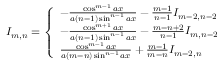
I _ { m , n } = { \left\{ \begin{array} { l l } { - { \frac { \cos ^ { m - 1 } { a x } } { a ( n - 1 ) \sin ^ { n - 1 } { a x } } } - { \frac { m - 1 } { n - 1 } } I _ { m - 2 , n - 2 } } \\ { - { \frac { \cos ^ { m + 1 } { a x } } { a ( n - 1 ) \sin ^ { n - 1 } { a x } } } - { \frac { m - n + 2 } { n - 1 } } I _ { m , n - 2 } } \\ { { \frac { \cos ^ { m - 1 } { a x } } { a ( m - n ) \sin ^ { n - 1 } { a x } } } + { \frac { m - 1 } { m - n } } I _ { m - 2 , n } } \end{array} \right. } \,